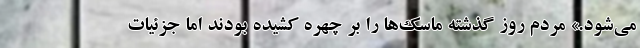
می‌شود.» مردم روز گذشته ماسک‌ها را بر چهره کشیده بودند اما جزئیات